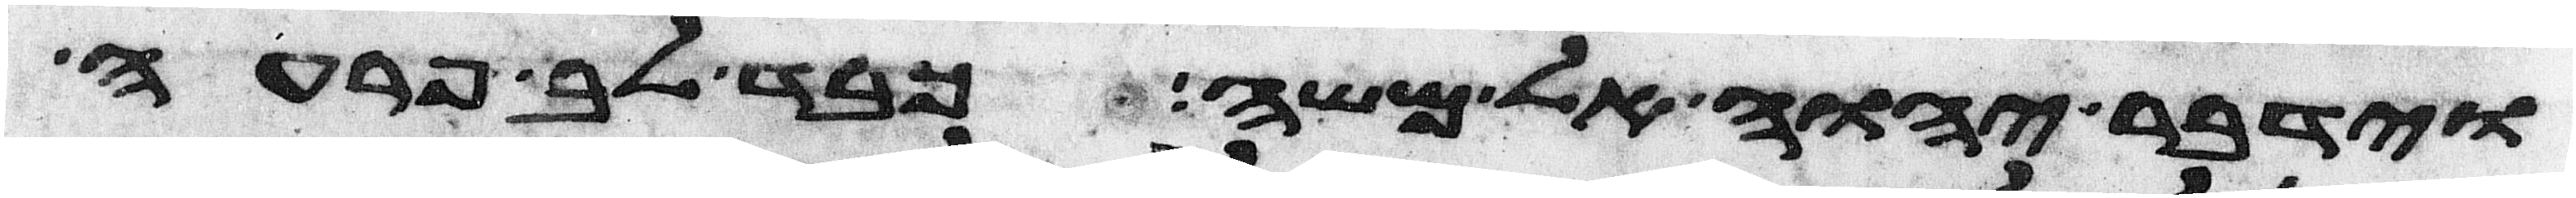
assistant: וידבר יהוה אל משה כבד לב פרעה